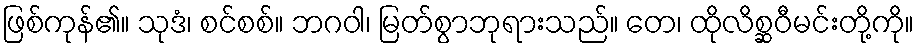
ဖြစ်ကုန်၏။ သုဒံ၊ စင်စစ်။ ဘဂဝါ၊ မြတ်စွာဘုရားသည်။ တေ၊ ထိုလိစ္ဆဝီမင်းတို့ကို။